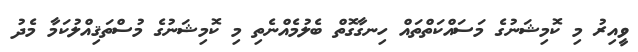
ވީއިރު މި ކޮމިޝަނުގެ މަސައްކަތްތައް ހިނގާގޮތް ބެލުމެއްނެތި މި ކޮމިޝަނުގެ މުސްތަޤިއްލުކަމާ މެދު